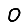
Digit: 0